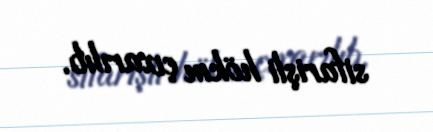
sifarişli hökm çıxarılıb.